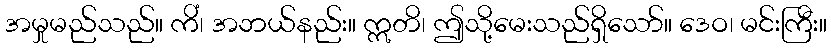
အမှုမည်သည်။ ကိံ၊ အဘယ်နည်း။ ဣတိ၊ ဤသို့မေးသည်ရှိသော်။ ဒေဝ၊ မင်းကြီး။